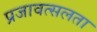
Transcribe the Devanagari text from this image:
प्रजावत्सलता